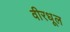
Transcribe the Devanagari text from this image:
वीरधूल